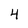
Character: 4